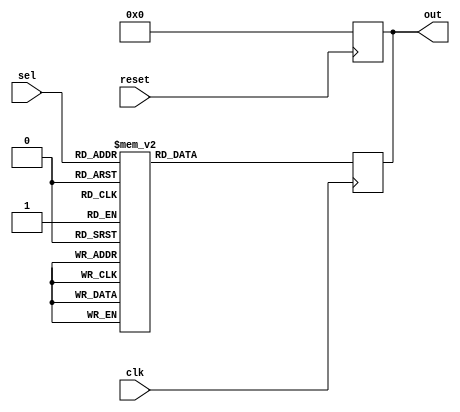
module decoder (
	input clk,
	input reset,
	input [2:0] sel,
	output reg [7:0]out
);
always@(posedge reset) begin
	if(reset)	
		out <= 8'b00000000;
end

always@(posedge clk) begin

	case(sel)	
		3'b000: out <= 8'b00000001;
		3'b001: out <= 8'b00000010;
		3'b010: out <= 8'b00000100;
		3'b011: out <= 8'b00001000;
		3'b100: out <= 8'b00010000;
		3'b101: out <= 8'b00100000;
		3'b110: out <= 8'b01000000;
		3'b111: out <= 8'b10000000;
	endcase
end

endmodule